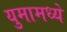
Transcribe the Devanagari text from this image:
युमामध्ये